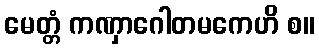
မေတ္တံ ကဏှာဂေါတမကေဟိ စ။